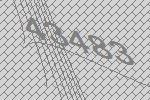
43483